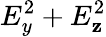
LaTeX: {E_{y}^{2}+E_{\mathbf{z}}^{2}}